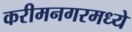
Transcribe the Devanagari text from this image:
करीमनगरमध्ये